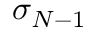
\sigma _ { N - 1 }